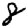
Digit: 8